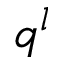
q ^ { l }